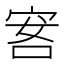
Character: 𰇭